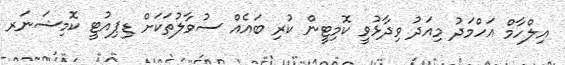
އިލްހާމް އަހްމަދު މިއަދު ވިދާޅުވީ ކޮމިޓީން ކުރި ބައެއް ސުވާލުތަކަށް ޑިޕިއުޓީ ކޮމިޝަނަރ